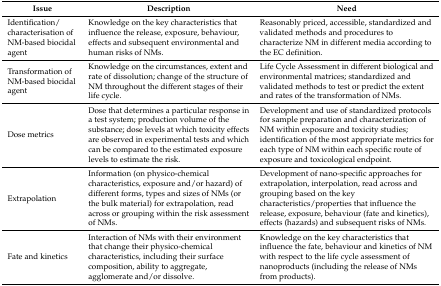
<table><thead><tr><td><b>Issue</b></td><td><b>Description</b></td><td><b>Need</b></td></tr></thead><tbody><tr><td>Identification/characterisation of NM-based biocidal agent</td><td>Knowledge on the key characteristics that influence the release, exposure, behaviour, effects and subsequent environmental and human risks of NMs.</td><td>Reasonably priced, accessible, standardized and validated methods and procedures to characterize NM in different media according to the EC definition.</td></tr><tr><td>Transformation of NM-based biocidal agent</td><td>Knowledge on the circumstances, extent and rate of dissolution; change of the structure of NM throughout the different stages of their life cycle. </td><td>Life Cycle Assessment in different biological and environmental matrices; standardized and validated methods to test or predict the extent and rates of the transformation of NMs.</td></tr><tr><td>Dose metrics</td><td>Dose that determines a particular response in a test system; production volume of the substance; dose levels at which toxicity effects are observed in experimental tests and which can be compared to the estimated exposure levels to estimate the risk.</td><td>Development and use of standardized protocols for sample preparation and characterization of NM within exposure and toxicity studies; identification of the most appropriate metrics for each type of NM within each specific route of exposure and toxicological endpoint.</td></tr><tr><td>Extrapolation</td><td>Information (on physico-chemical characteristics, exposure and/or hazard) of different forms, types and sizes of NMs (or the bulk material) for extrapolation, read across or grouping within the risk assessment of NMs.</td><td>Development of nano-specific approaches for extrapolation, interpolation, read across and grouping based on the key characteristics/properties that influence the release, exposure, behaviour (fate and kinetics), effects (hazards) and subsequent risks of NMs.</td></tr><tr><td>Fate and kinetics</td><td>Interaction of NMs with their environment that change their physico-chemical characteristics, including their surface composition, ability to aggregate, agglomerate and/or dissolve.</td><td>Knowledge on the key characteristics that influence the fate, behaviour and kinetics of NM with respect to the life cycle assessment of nanoproducts (including the release of NMs from products).</td></tr></tbody></table>